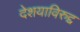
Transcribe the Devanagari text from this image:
देशयाविरुद्द